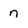
Character: n